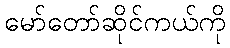
မော်တော်ဆိုင်ကယ်ကို